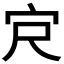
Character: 𪧆